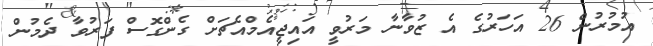
އުމުރުން 26 އަހަރުގެ އެ ޒުވާނާ މަރުވީ އައިޖީއެމްއެޗަށް ގެންގޮސް ފަރުވާ ދެމުން